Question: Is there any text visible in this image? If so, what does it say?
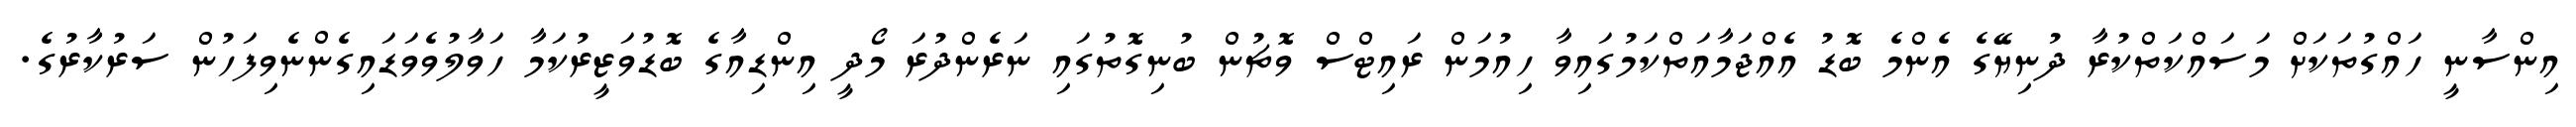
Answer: އިންސާނީ ހައްގުތަކަށް މަސައްކަތްކުރާ ދުނިޔޭގެ އެންމެ ބޮޑު އެއްޖަމާއަތްކަމުގައިވާ ހިއުމަން ރައިޓްސް ވޮޗުން ބުނިގޮތުގައި ނަރެންދުރަ މޯދީ އިންޑިއާގެ ބޮޑުވަޒީރުކަމާ ހަވާލުވެވަޑައިގެންނެވިފަހުން ސަރުކާރުގެ.